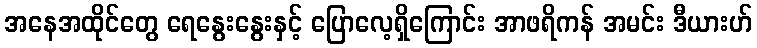
အနေအထိုင်တွေ ရေနွေးနွေးနှင့် ပြောလေ့ရှိကြောင်း အာဖရိကန် အမင်း ဒီယားဟ်